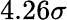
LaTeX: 4.26\sigma